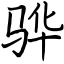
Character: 骅